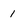
Character: 1